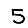
Digit: 5